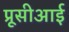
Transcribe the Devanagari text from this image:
प्रूसीआई